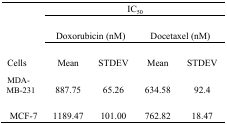
|  | <COLSPAN=4> IC50 |
 |  | <COLSPAN=2> Doxorubicin (nM) | <COLSPAN=2> Docetaxel (nM) |
 | --- | --- | --- | --- | --- |
 | Cells | Mean | STDEV | Mean | STDEV |
 | MDA-MB-231 | 887.75 | 65.26 | 634.58 | 92.4 |
 | MCF-7 | 1189.47 | 101.00 | 762.82 | 18.47 |